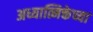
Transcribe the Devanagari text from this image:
अध्यात्मिक्तेच्या